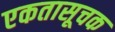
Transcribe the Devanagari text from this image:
एकतासूचक